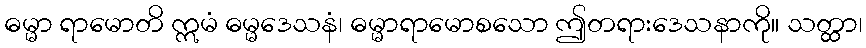
ဓမ္မာ ရာမောတိ ဣမံ ဓမ္မဒေသနံ၊ ဓမ္မာရာမောစသော ဤတရားဒေသနာကို။ သတ္ထာ၊